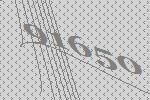
91650